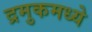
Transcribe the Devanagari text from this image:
द्रमुकमध्ये